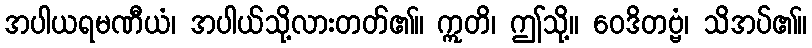
အပါယရမဏီယံ၊ အပါယ်သို့လားတတ်၏။ ဣတိ၊ ဤသို့။ ဝေဒိတဗ္ဗံ၊ သိအပ်၏။